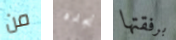
من نجده برفقتها